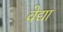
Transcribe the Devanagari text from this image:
वेद्या